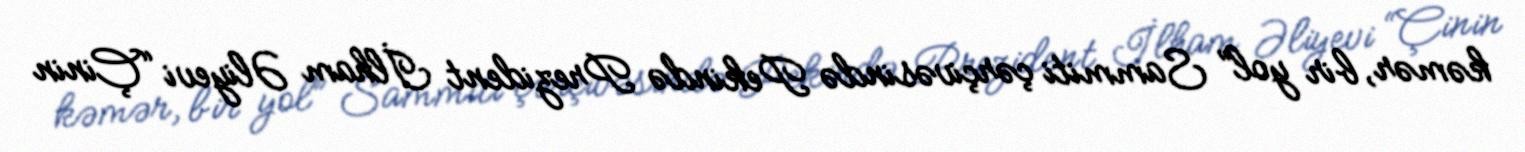
kəmər, bir yol” Sammiti çərçivəsində Pekində Prezident İlham Əliyevi “Çinin